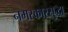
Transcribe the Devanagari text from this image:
नमस्कारसुद्धा